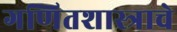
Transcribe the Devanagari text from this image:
गणितशास्त्राचे